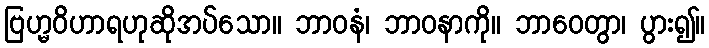
ဗြဟ္မဝိဟာရဟုဆိုအပ်သော။ ဘာဝနံ၊ ဘာဝနာကို။ ဘာဝေတွာ၊ ပွား၍။